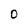
Character: 0